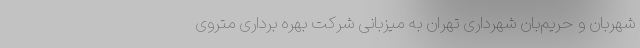
شهربان و حریم‌بان شهرداری تهران به میزبانی شرکت بهره برداری متروی